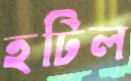
হটিল